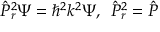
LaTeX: \hat { P } _ { r } ^ { 2 } \Psi = \hbar ^ { 2 } k ^ { 2 } \Psi , \; \, \hat { P } _ { r } ^ { 2 } = \hat { P }